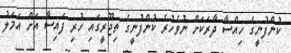
ކުންފުނީގެ ހިއްސާ ދާރަކަށް ނުވެހުރެ ކުންފުނީގެ ތިޖޫރީގައި ހުރި ފައިސާ އަށް އަމަލު